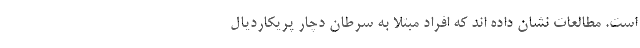
است. مطالعات نشان داده اند که افراد مبتلا به سرطان دچار پریکاردیال